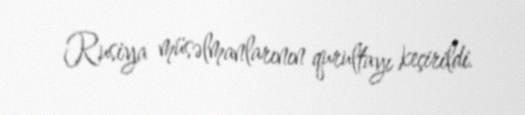
Rusiya müsəlmanlarının qurultayı keçirildi.